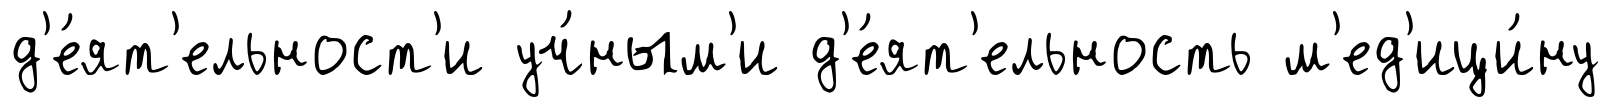
д'е́ят'ельност'и уч́ным'и д'е́ят'ельность м'ед'ици́ну